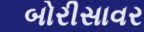
બોરીસાવર